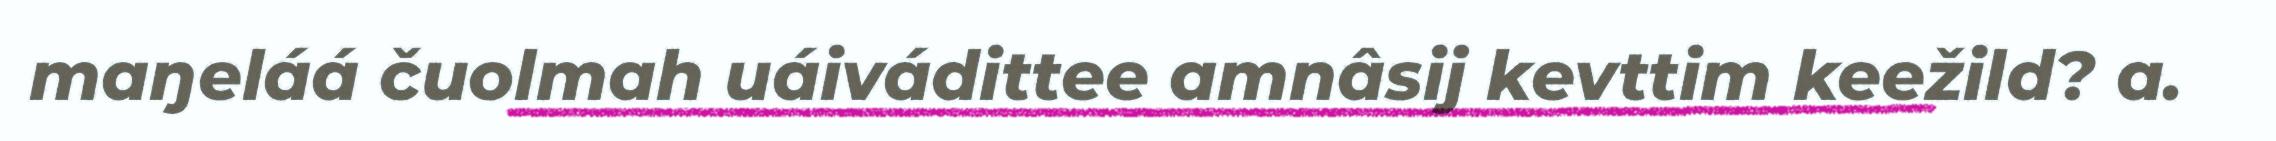
maŋeláá čuolmah uáivádittee amnâsij kevttim keežild? a.